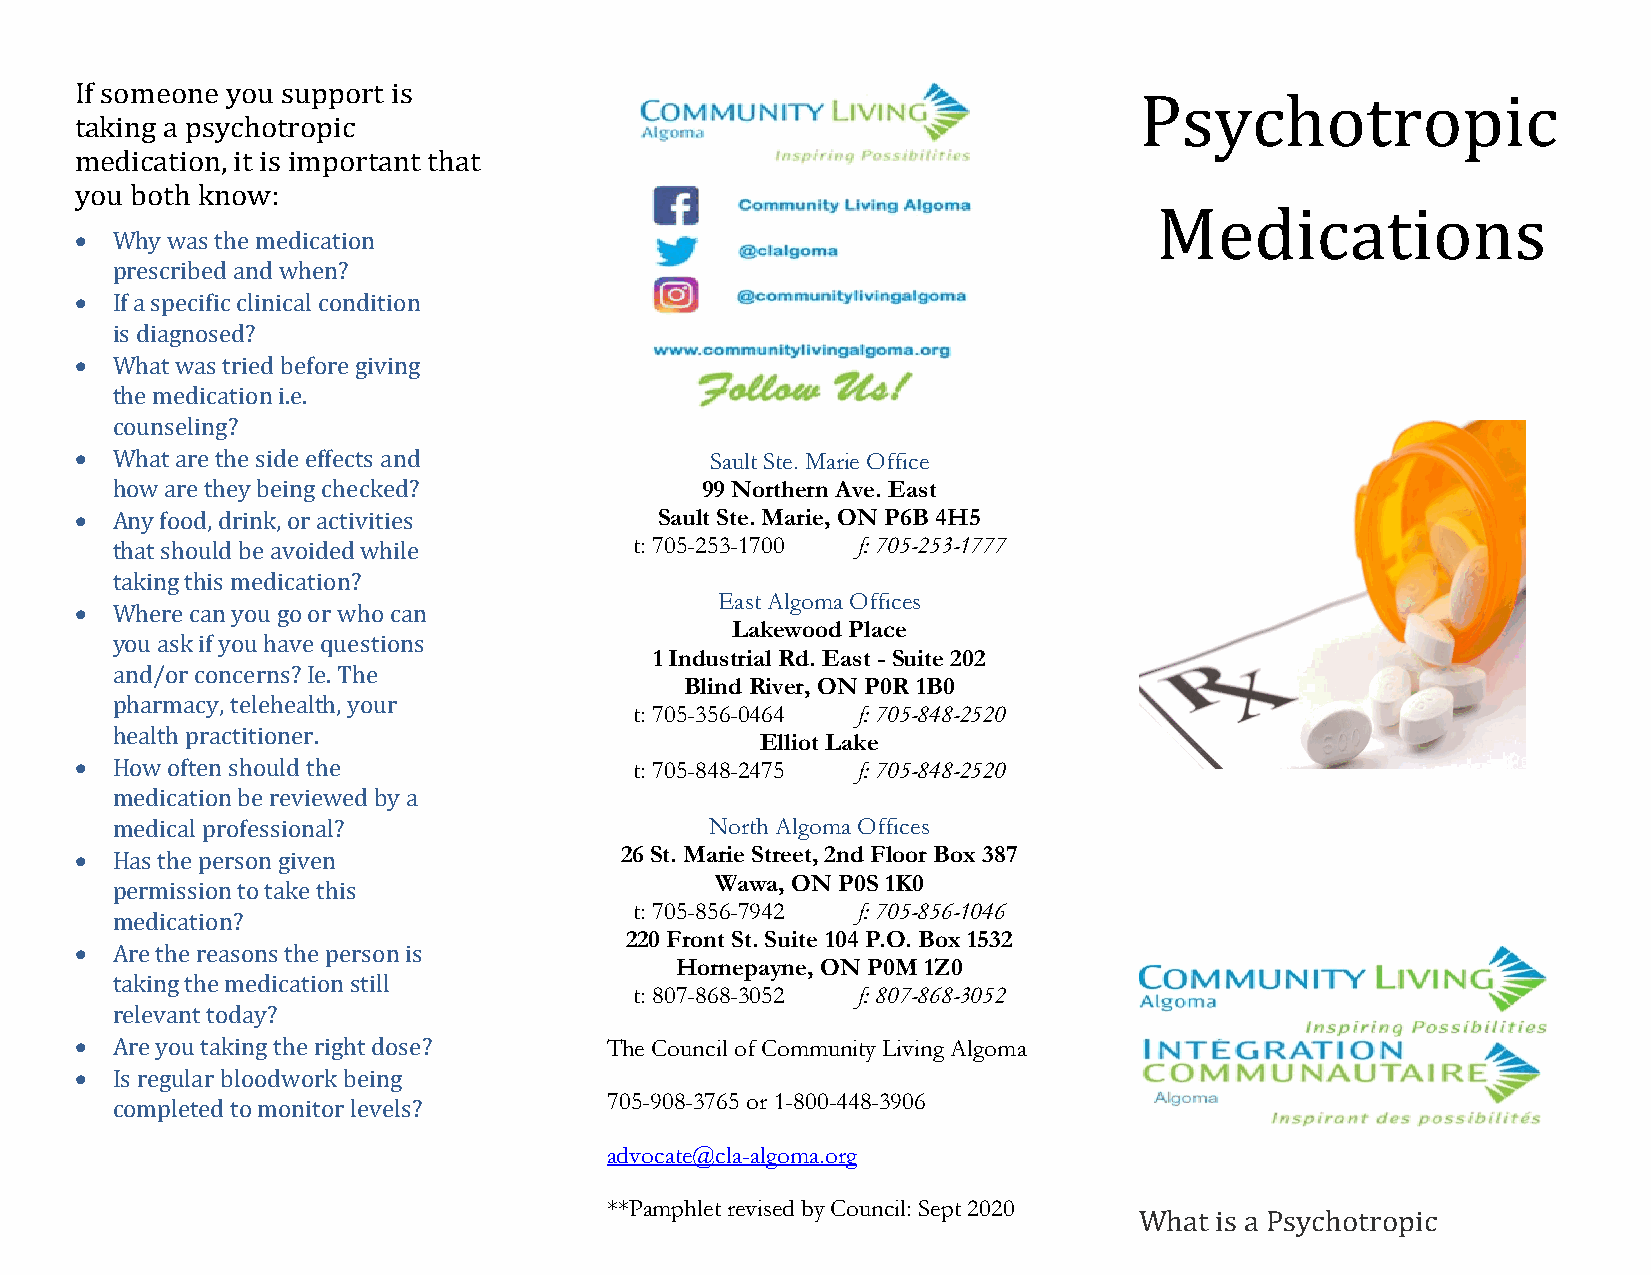
If someone you support is
 taking a psychotropic
 medication, it is important that
 •
 you both know:
 Psychotropic
 Why was the medication
 •
 prescribed and when?
 If a specific clinical condition
 •
 is diagnosed?
 Medications
 What was tried before giving
 the medication i.e.
 •                                         Sault Ste. Marie Office
 counseling?
 99 Northern Ave. East
 • What are the side effects and        Sault Ste. Marie, ON P6B 4H5
 how are they being checked?        t: 705-253-1700 f: 705-253-1777
 Any food, drink, or activities
 that should be avoided while             East Algoma Offices
 •
 taking this medication?                  Lakewood Place
 1 Industrial Rd. East - Suite 202
 Where can you go or who can
 Blind River, ON P0R 1B0
 you ask if you have questions
 t: 705-356-0464 f: 705-848-2520
 and/or concerns? Ie. The
 Elliot Lake
 •
 pharmacy, telehealth, your
 t: 705-848-2475 f: 705-848-2520
 health practitioner.
 How often should the                    North Algoma Offices
 • medication be reviewed by a       26 St. Marie Street, 2nd Floor Box 387
 medical professional?                   Wawa, ON P0S 1K0
 Has the person given               t: 705-856-7942 f: 705-856-1046
 permission to take this           220 Front St. Suite 104 P.O. Box 1532
 •
 Hornepayne, ON P0M 1Z0
 medication?
 t: 807-868-3052 f: 807-868-3052
 Are the reasons the person is
 taking the medication still
 •                                  The Council of Community Living Algoma
 relevant today?
 •
 Are you taking the right dose?   705-908-3765 or 1-800-448-3906
 Is regular bloodwork being
 advocate@cla-algoma.org
 completed to monitor levels?
 **Pamphlet revised by Council: Sept 2020
 What is a Psychotropic